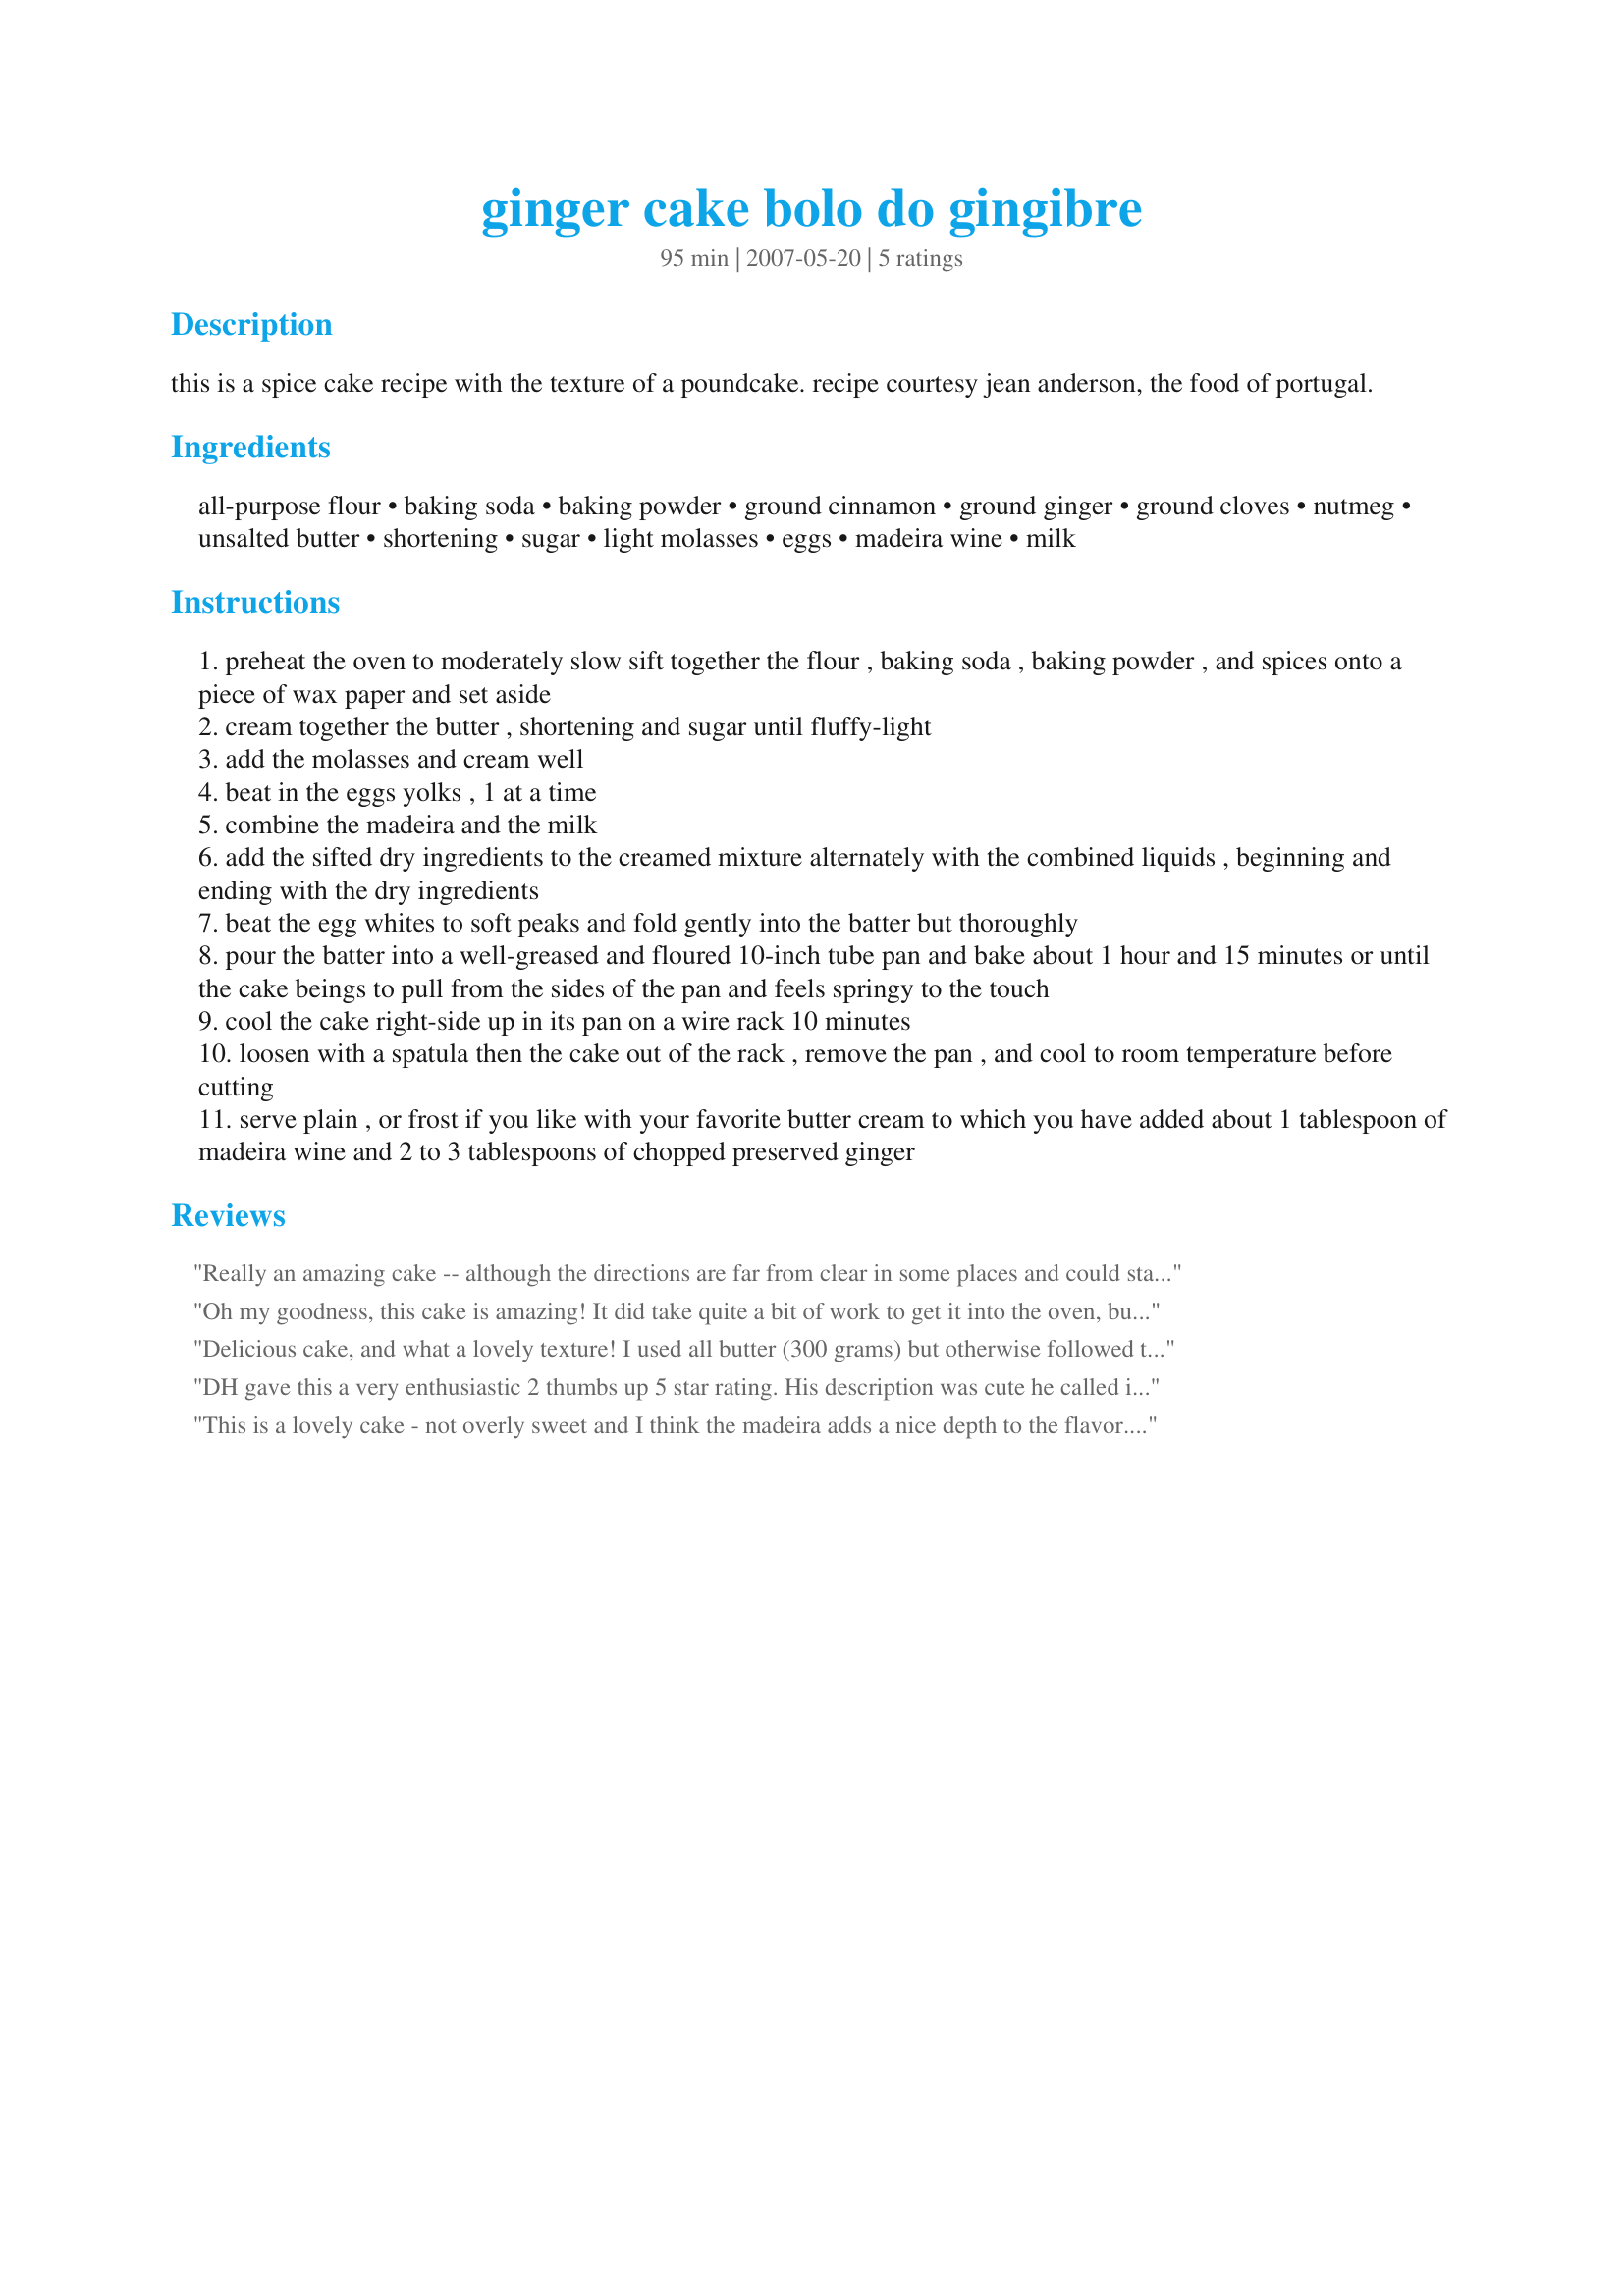
ginger cake bolo do gingibre
Preparation time: 95 minutes

this is a spice cake recipe with the texture of a poundcake. recipe courtesy jean anderson, the food of portugal.

Ingredients:
all-purpose flour, baking soda, baking powder, ground cinnamon, ground ginger, ground cloves, nutmeg, unsalted butter, shortening, sugar, light molasses, eggs, madeira wine, milk

Steps:
preheat the oven to moderately slow sift together the flour , baking soda , baking powder , and spices onto a piece of wax paper and set aside
cream together the butter , shortening and sugar until fluffy-light
add the molasses and cream well
beat in the eggs yolks , 1 at a time
combine the madeira and the milk
add the sifted dry ingredients to the creamed mixture alternately with the combined liquids , beginning and ending with the dry ingredients
beat the egg whites to soft peaks and fold gently into the batter but thoroughly
pour the batter into a well-greased and floured 10-inch tube pan and bake about 1 hour and 15 minutes or until the cake beings to pull from the sides of the pan and feels springy to the touch
cool the cake right-side up in its pan on a wire rack 10 minutes
loosen with a spatula then the cake out of the rack , remove the pan , and cool to room temperature before cutting
serve plain , or frost if you like with your favorite butter cream to which you have added about 1 tablespoon of madeira wine and 2 to 3 tablespoons of chopped preserved ginger

Reviews:
Really an amazing cake -- although the directions are far from clear in some places and could stand to be clarified ("loosen with a spatula then the cake out of the rack"?). I used butter for the shortening, so between that and the butter called for I ended up using 2 sticks of butter -- one unsalted, one salted -- plus 5 teaspoons of canola oil. It worked *great* and produced a wonderful flavor. Also, since I can never find "light" molasses, I used the regular kind and thought that it just added to the spiciness of the cake. My guests loved it! (Five people polished off two-thirds of the cake in one night.) Thanks for a keeper!
Oh my goodness, this cake is amazing! It did take quite a bit of work to get it into the oven, but it was well worth it. My batter was very thick and almost killed my hand-mixer, so I would recommend using a stand mixer for this cake. Also, I don't bake very often so I had to borrow a tube cake pan from a friend. I wasn't aware that there were different size tube pans though, and apparently she has a smaller size than cookiedog because as the cake rose it also decided it didn't want to be a tube cake. Luckily, I had set the pan on a cookie sheet so my oven didn't get messy an somehow the cake cooked through, but the "hole" was not cooked. I left it unfrosted and brought it into work for everyone to share and everyone here loves it! Thanks so much cookiedog!
Delicious cake, and what a lovely texture! I used all butter (300 grams) but otherwise followed the recipe. I don't own a tube pan big enough for such a big cake, so I made one 8x4 cake and a 8" tube cake - the loaf took about 55 minutes to bake and the tube about an hour! Thank you cookiedog!
DH gave this a very enthusiastic 2 thumbs up 5 star rating. His description was cute he called it a "slice of Autumn"!! This was made for the "ZWT3 Spain and Portugal Dessert Challenge". I made a few alterations in the recipe to accommodate what I had on hand and to lighten things up a bit. I used 1/2 whole wheat flour, substituted the sugar with a Splenda/brown sugar blend and substituted the liquid with low-fat milk and juice. All of the other decadent ingredients I left as is - the butter, shortening, and eggs - (YIKES!!). Each creamy, rich and spicy bite was worth all the calories and fat!! The spice is what gives this recipe its wonderful layers of flavor and I believe the technique in how the eggs are used is key to giving it its unusual airy quality. I did not frost the cake (in all honesty, I had intended to but it was attacked before I had the chance) - I sometimes frost a homemade cake just to "pretty it up" a little as my oven is not always level -but no worries ** this cake is rich and sweet enough without it**!! A recipe to definitely bring out again in the Fall...maybe adding a cup of nuts or currents next time to experiment with the texture a bit. A lovely cake - Thanks for sharing "cookiedog"!!
This is a lovely cake - not overly sweet and I think the madeira adds a nice depth to the flavor. I topped it with Recipe #216980 and whipped cream. Thanks for sharing!
